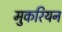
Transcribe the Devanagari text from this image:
मुकरियन